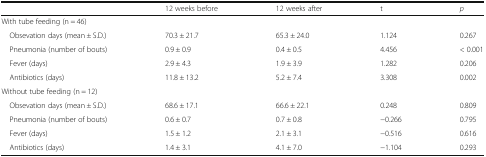
<table><thead><tr><td></td><td><b>12 weeks before</b></td><td><b>12 weeks after</b></td><td><b>t</b></td><td><b><i>p</i></b></td></tr></thead><tbody><tr><td colspan="5">With tube feeding (n = 46)</td></tr><tr><td> Obsevation days (mean ± S.D.)</td><td>70.3 ± 21.7</td><td>65.3 ± 24.0</td><td>1.124</td><td>0.267</td></tr><tr><td> Pneumonia (number of bouts)</td><td>0.9 ± 0.9</td><td>0.4 ± 0.5</td><td>4.456</td><td>&lt; 0.001</td></tr><tr><td> Fever (days)</td><td>2.9 ± 4.3</td><td>1.9 ± 3.9</td><td>1.282</td><td>0.206</td></tr><tr><td> Antibiotics (days)</td><td>11.8 ± 13.2</td><td>5.2 ± 7.4</td><td>3.308</td><td>0.002</td></tr><tr><td colspan="5">Without tube feeding (n = 12)</td></tr><tr><td> Obsevation days (mean ± S.D.)</td><td>68.6 ± 17.1</td><td>66.6 ± 22.1</td><td>0.248</td><td>0.809</td></tr><tr><td> Pneumonia (number of bouts)</td><td>0.6 ± 0.7</td><td>0.7 ± 0.8</td><td>−0.266</td><td>0.795</td></tr><tr><td> Fever (days)</td><td>1.5 ± 1.2</td><td>2.1 ± 3.1</td><td>−0.516</td><td>0.616</td></tr><tr><td> Antibiotics (days)</td><td>1.4 ± 3.1</td><td>4.1 ± 7.0</td><td>−1.104</td><td>0.293</td></tr></tbody></table>